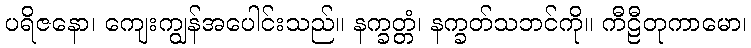
ပရိဇနော၊ ကျေးကျွန်အပေါင်းသည်။ နက္ခတ္တံ၊ နက္ခတ်သဘင်ကို။ ကီဠီတုကာမော၊